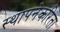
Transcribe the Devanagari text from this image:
स्थापनेकरिता